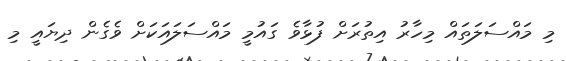
މި މައްސަލަތައް މިހާރު އިތުރަށް ފުޅާވެ ގައުމީ މައްސަލައަކަށް ވެގެން ދިޔައީ މި